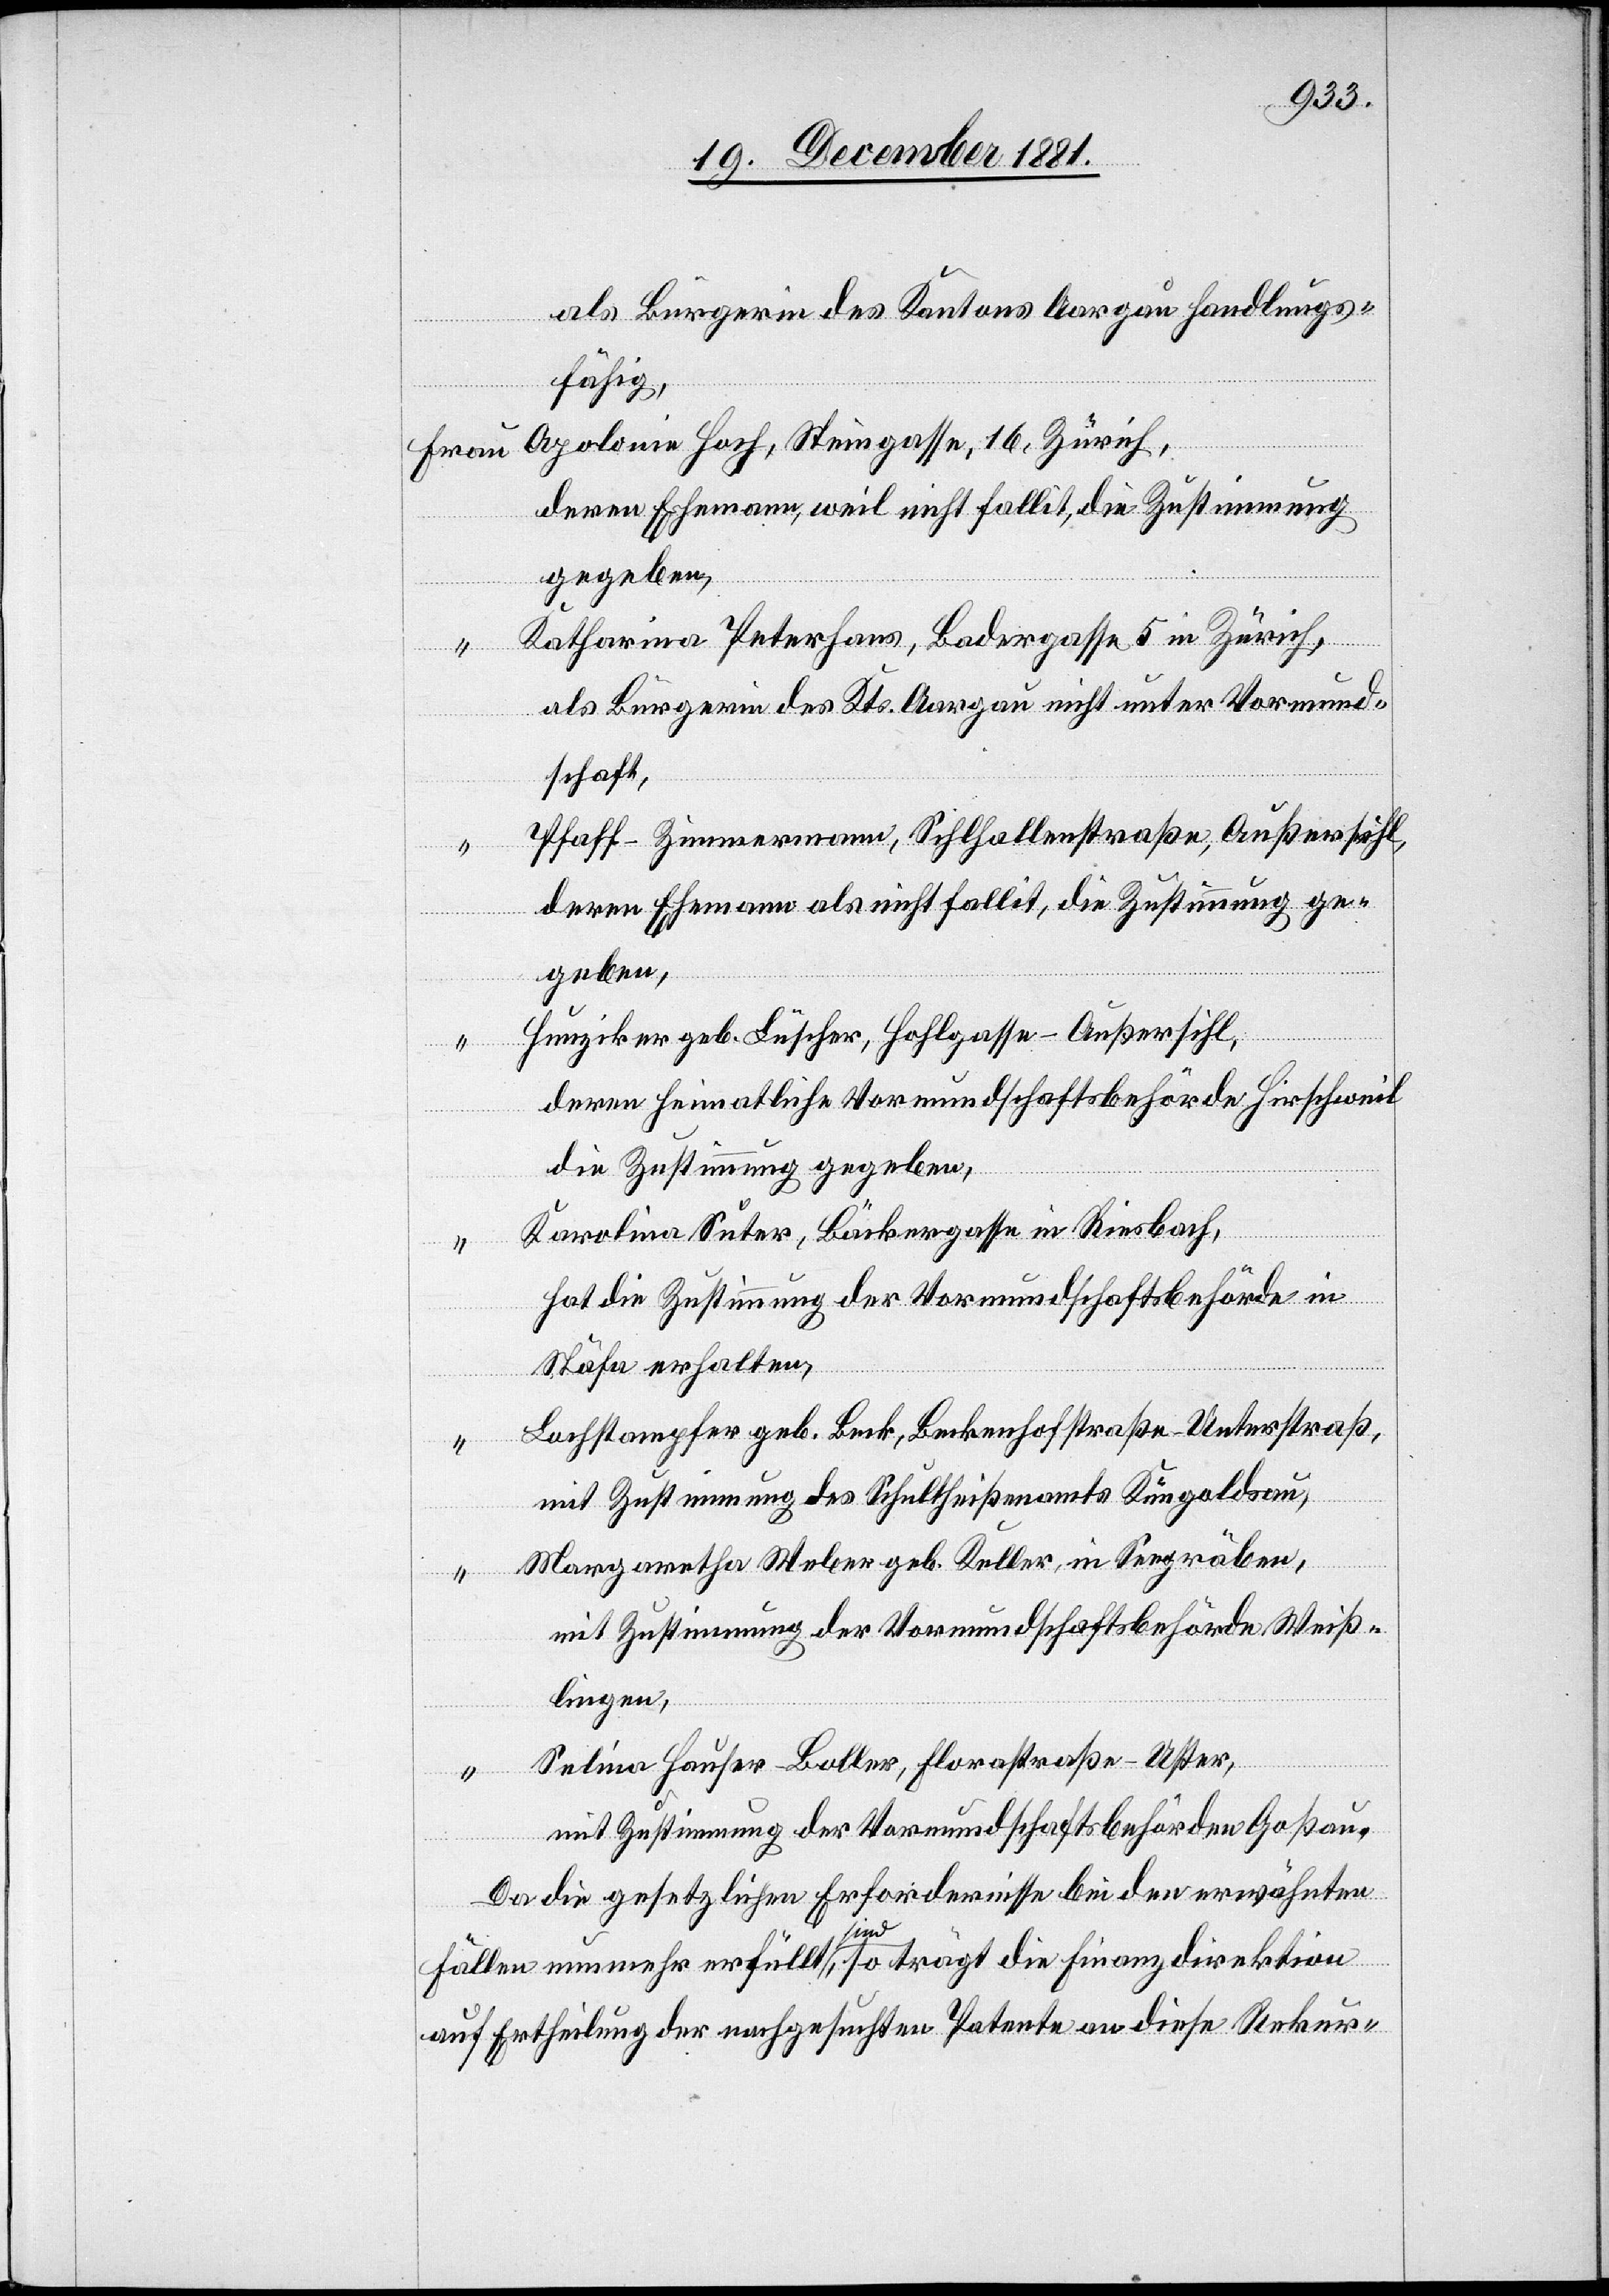
als Bürgerin des Kantons Aargau handlungs¬
fähig,
Apolonie Hoch, Steingasse, 16, Zürich,
deren Ehemann, weil nicht fallit, die Zustimmung
gegeben,
Katharina Peterhans, Badergasse 5 in Zürich,
als Bürgerin des Kts. Aargau nicht unter Vormund¬
schaft,
Pfaff-Zimmermann, Sihlhallenstraße, Außersihl,
deren Ehemann als nicht fallit, die Zustimmung ge¬
geben,
Hunziker, geb. Lüscher, Hohlgasse - Außersihl,
deren heimatliche Vormundschaftsbehörde Hirschweil
die Zustimmung gegeben,
Karolina Suter, Bäckergasse in Riesbach,
hat die Zustimmung der Vormundschaftsbehörde in
Stäfa erhalten,
Lochstampfer geb. Beck, Benkenhofstraße - Unterstraß,
mit Zustimmung des Schultheißamts Küngoldsau,
Margaretha Weber geb. Keller, in Seegräben,
mit Zustimmung der Vormundschaftsbehörde Weis¬
lingen,
Selina Hauser - Boller, Florastraße - Uster,
mit Zustimmung der Vormundschaftsbehörden Goßau.
Da die gesetzlichen Erfordernisse bei den erwähnten
Fällen nunmehr erfüllt sind, so trägt die Finanzdirektion
auf Ertheilung der nachgesuchten Patente an diese Rekur-